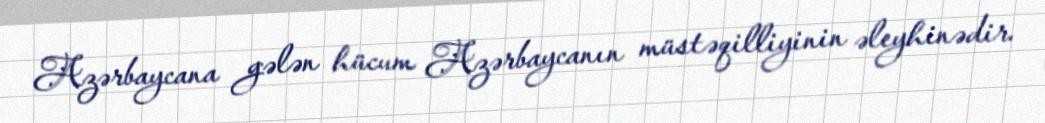
Azərbaycana gələn hücum Azərbaycanın müstəqilliyinin əleyhinədir.